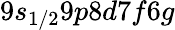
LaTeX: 9s_{1/2}9p8d7f6g